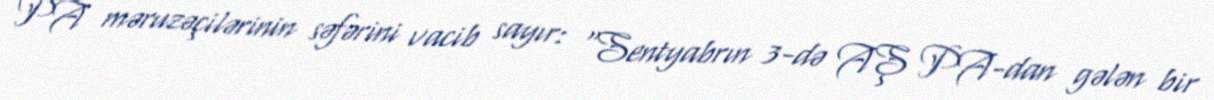
PA məruzəçilərinin səfərini vacib sayır: “Sentyabrın 3-də AŞ PA-dan gələn bir